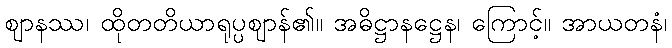
ဈာနဿ၊ ထိုတတိယာရုပ္ပဈာန်၏။ အဓိဋ္ဌာနဋ္ဌေန၊ ကြောင့်။ အာယတနံ၊